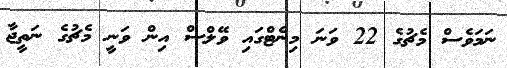
ނަމަވެސް މެޗުގެ 22 ވަނަ މިނެޓްގައި ވޭލްސް އިން ވަނީ މެޗުގެ ނަތީޖާ